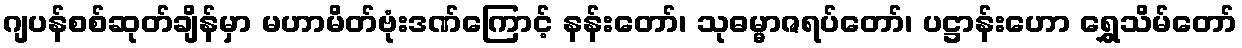
ဂျပန်စစ်ဆုတ်ချိန်မှာ မဟာမိတ်ဗုံးဒဏ်ကြောင့် နန်းတော်၊ သုဓမ္မာဇရပ်တော်၊ ပဋ္ဌာန်းဟော ရွှေသိမ်တော်